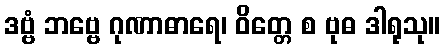
ဒဗ္ဗံ ဘဗ္ဗေ ဂုဏာဓာရေ၊ ဝိတ္တေ စ ဗုဓ ဒါရုသု။